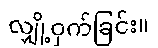
လျှို့ဝှက်ခြင်း။